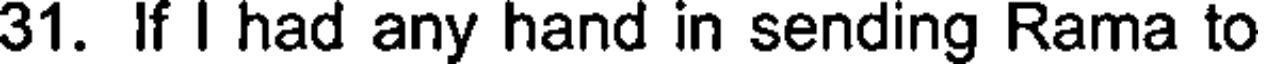
31. If I had any hand in sending Rama to